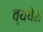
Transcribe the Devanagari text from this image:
व्ययेश